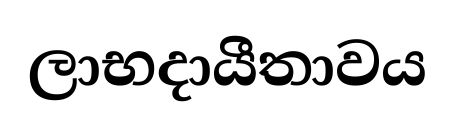
ලාභදායීතාවය